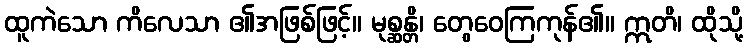
ထူကဲသော ကိလေသာ ၏အဖြစ်ဖြင့်။ မုစ္ဆန္တိ၊ တွေဝေကြကုန်၏။ ဣတိ၊ ထိုသို့